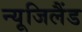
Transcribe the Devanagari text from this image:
न्यूजिलैंड